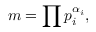
m = \prod p _ { i } ^ { \alpha _ { i } } ,